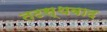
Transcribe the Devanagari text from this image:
तटस्थवाद